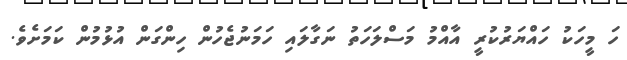
ހަ މީހަކު ހައްޔަރުކުރީ އާއްމު މަސްލަހަތު ނަގާލައި ހަމަނުޖެހުން ހިންގަން އުޅުމުން ކަމަށެވެ.